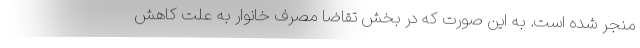
منجر شده است. به این صورت که در بخش تقاضا مصرف خانوار به علت کاهش